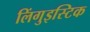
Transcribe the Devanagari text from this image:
लिंगुइस्टिक